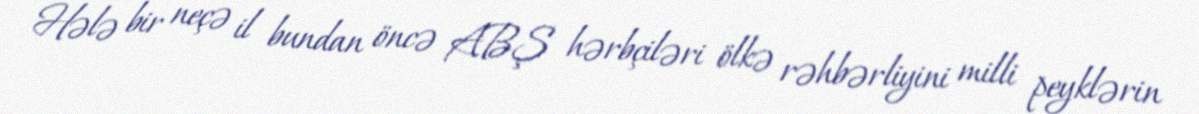
Hələ bir neçə il bundan öncə ABŞ hərbçiləri ölkə rəhbərliyini milli peyklərin